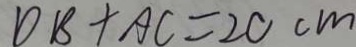
D B + A C = 2 0 c m